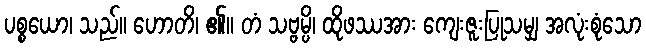
ပစ္စယော၊ သည်။ ဟောတိ၊ ၏။ တံ သဗ္ဗမ္ပိ၊ ထိုဖဿအား ကျေးဇူးပြုသမျှ အလုံးစုံသော